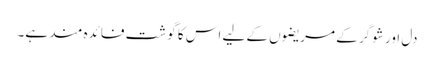
دل اور شوگر کے مریضوں کے لیے اس کا گوشت فائدہ مند ہے۔